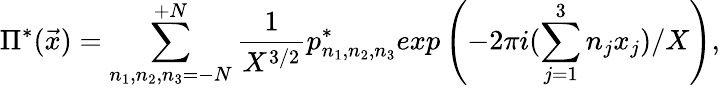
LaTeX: \Pi^{*}({\vec{x}})=\sum_{n_{1},n_{2},n_{3}=-N}^{+N}\frac{1}{X^{3/2}}p_{n_{1},n_{2},n_{3}}^{*}exp\left(-2\pi i(\sum_{j=1}^{3}n_{j}x_{j})/X\right),